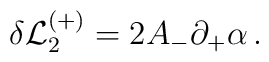
\delta{\cal L}_2^{(+)} = 2 A_-\partial_+\alpha\,.